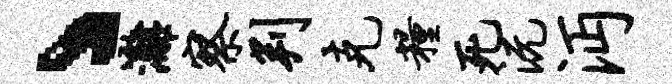
丶漓察判克粮死沅沔